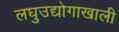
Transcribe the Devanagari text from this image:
लघुउद्योगाखाली